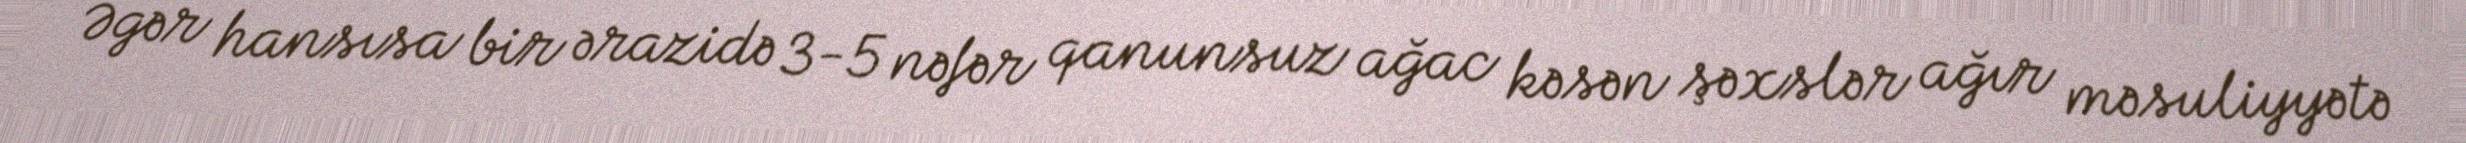
Əgər hansısa bir ərazidə 3-5 nəfər qanunsuz ağac kəsən şəxslər ağır məsuliyyətə